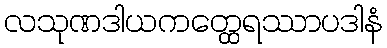
လသုဏဒါယကတ္ထေရဿာပဒါနံ